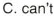
C.can't